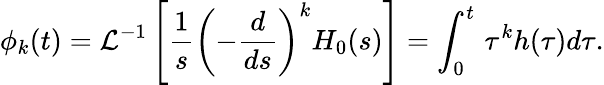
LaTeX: \phi_{k}(t)={\cal{L}}^{-1}\left[\frac{1}{s}\left(-\frac{d}{ds}\right)^{k}H_{0}(s)\right]=\int_{0}^{t}\, \tau^{k}h(\tau)d\tau.